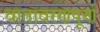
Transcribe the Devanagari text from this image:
वातावरणपूर्ण